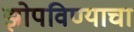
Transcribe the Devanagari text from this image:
झोपविण्याचा